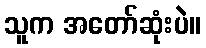
သူက အတော်ဆုံးပဲ။